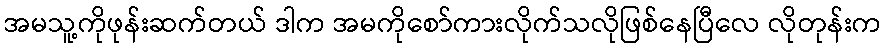
အမသူ့ကိုဖုန်းဆက်တယ် ဒါက အမကိုစော်ကားလိုက်သလိုဖြစ်နေပြီလေ လိုတုန်းက